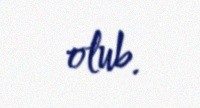
olub.